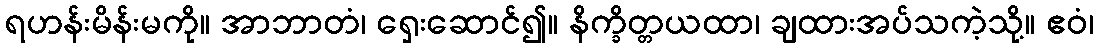
ရဟန်းမိန်းမကို။ အာဘာတံ၊ ရှေးဆောင်၍။ နိက္ခိတ္တယထာ၊ ချထားအပ်သကဲ့သို့။ ဧဝံ၊